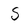
Character: S